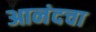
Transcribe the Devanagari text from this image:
आनंदचा